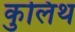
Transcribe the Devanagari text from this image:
कुलिथ